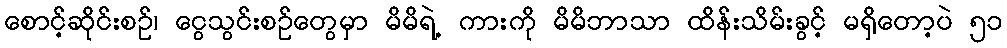
စောင့်ဆိုင်းစဉ်၊ ငွေသွင်းစဉ်တွေမှာ မိမိရဲ့ ကားကို မိမိဘာသာ ထိန်းသိမ်းခွင့် မရှိတော့ပဲ ၅၁